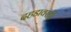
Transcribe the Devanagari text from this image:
दहडावरही